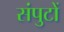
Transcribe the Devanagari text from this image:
संपुटों